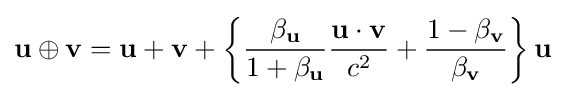
\mathbf {u} \oplus \mathbf {v} =\mathbf {u} +\mathbf {v} +\left\{{\frac {\beta _{\mathbf {u} }}{1+\beta _{\mathbf {u} }}}{\frac {\mathbf {u} \cdot \mathbf {v} }{c^{2}}}+{\frac {1-\beta _{\mathbf {v} }}{\beta _{\mathbf {v} }}}\right\}\mathbf {u}